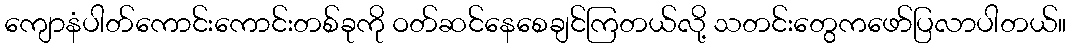
ကျောနံပါတ်ကောင်းကောင်းတစ်ခုကို ဝတ်ဆင်နေစေချင်ကြတယ်လို့ သတင်းတွေကဖော်ပြလာပါတယ်။